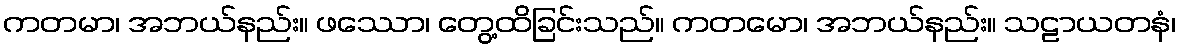
ကတမာ၊ အဘယ်နည်း။ ဖဿော၊ တွေ့ထိခြင်းသည်။ ကတမော၊ အဘယ်နည်း။ သဠာယတနံ၊